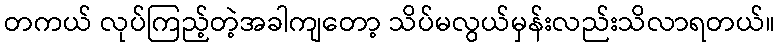
တကယ် လုပ်ကြည့်တဲ့အခါကျတော့ သိပ်မလွယ်မှန်းလည်းသိလာရတယ်။